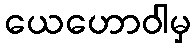
ယေဟောဝါမှ